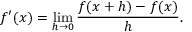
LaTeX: f ^ { \prime } ( x ) = \operatorname* { l i m } _ { h \to 0 } { \frac { f ( x + h ) - f ( x ) } { h } } .